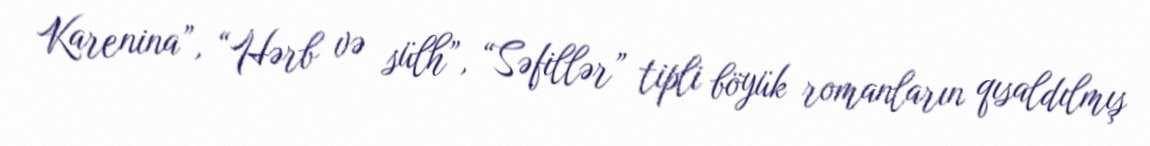
Karenina”, “Hərb və sülh”, “Səfillər” tipli böyük romanların qısaldılmış